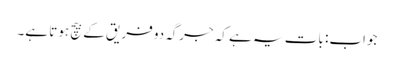
جواب: بات یہ ہے کہ جرگہ دو فریق کے بیچ ہوتا ہے۔